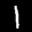
Label: 1